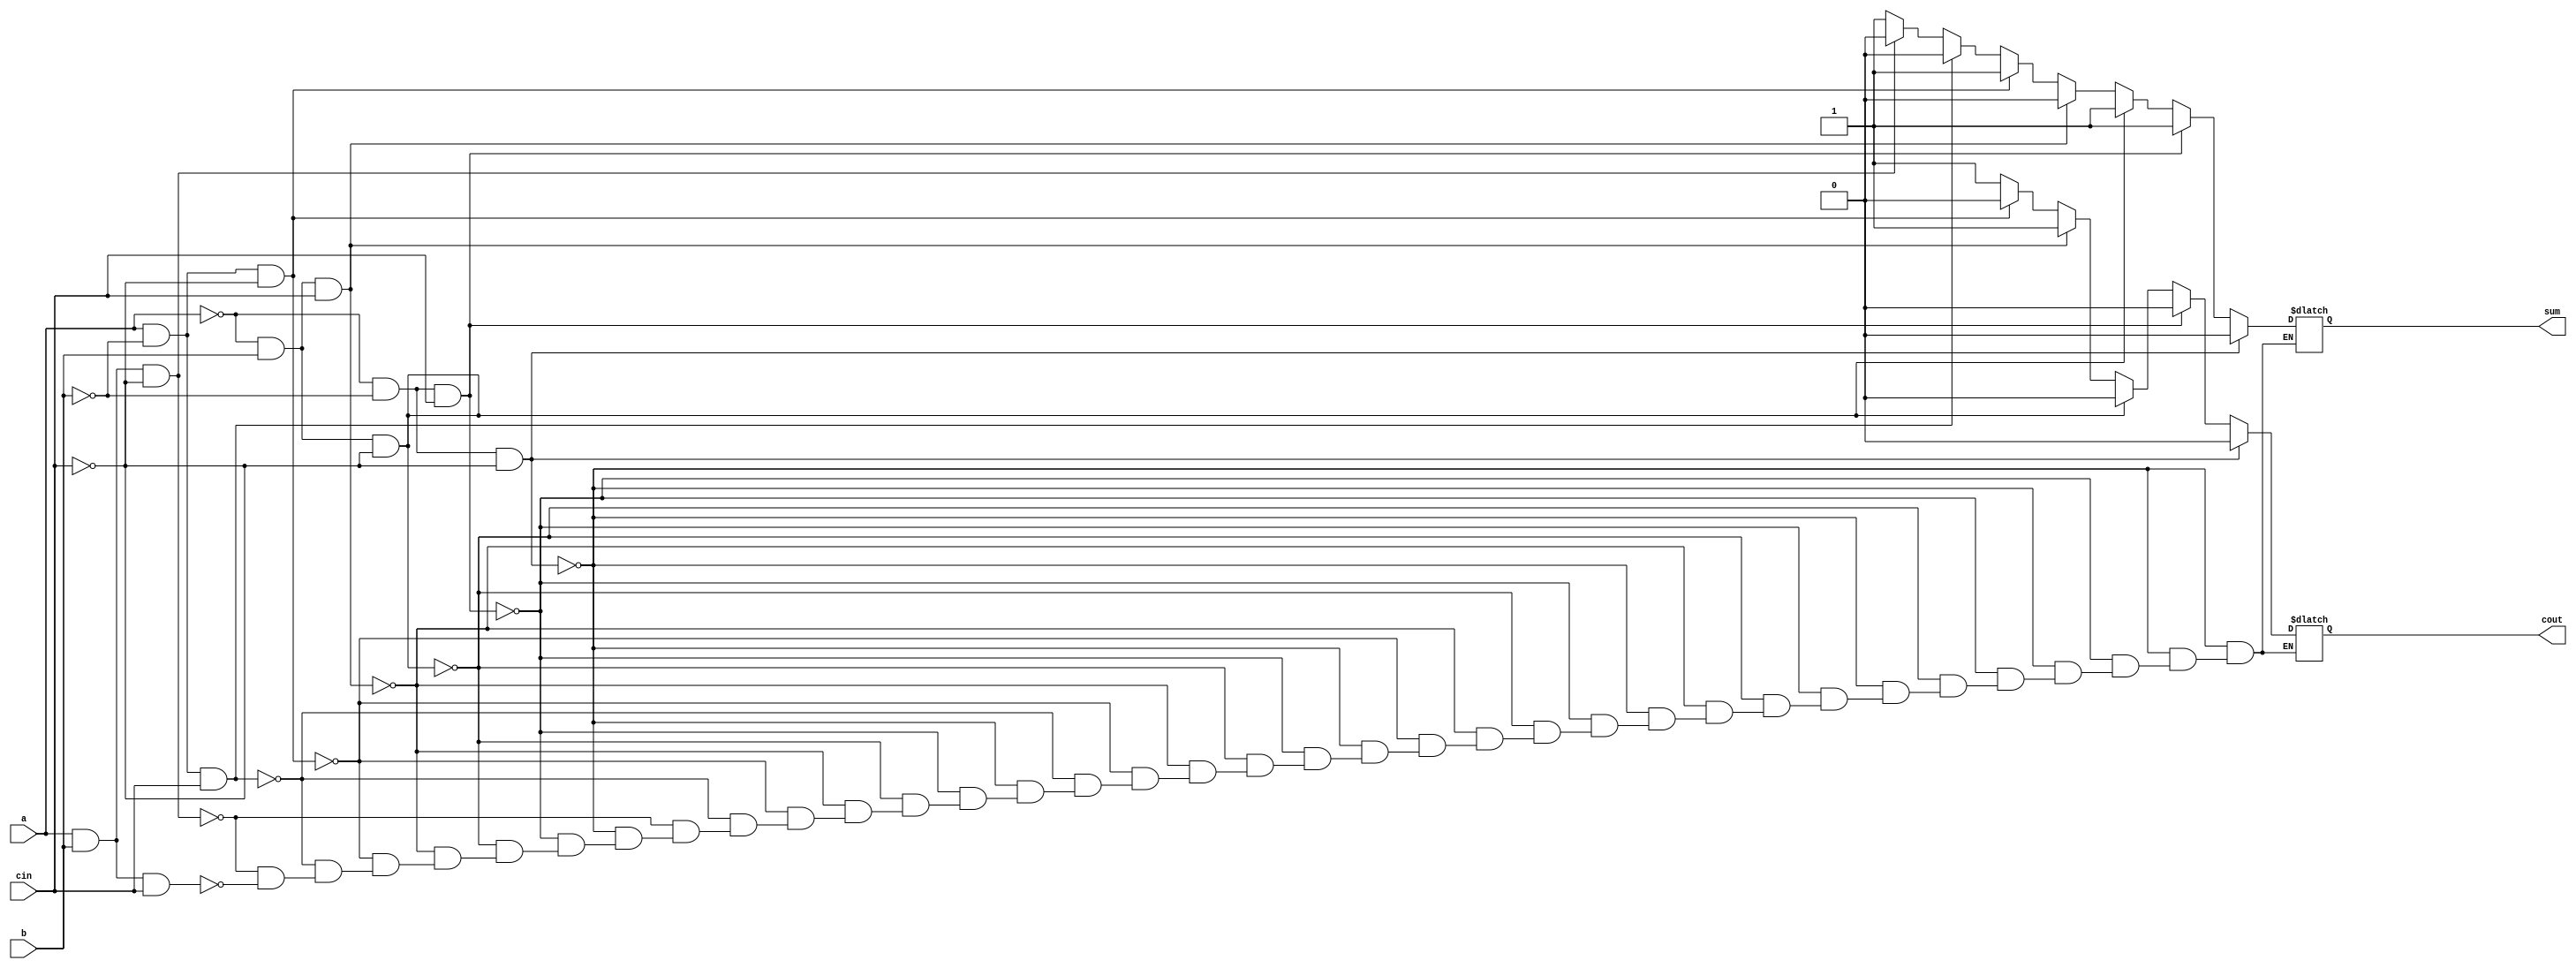
`timescale 1ns / 1ps
//////////////////////////////////////////////////////////////////////////////////
// Company: 
// Engineer: 
// 
// Design Name: 
// Module Name: Fulladder
// Project Name: 
// Target Devices: 
// Tool Versions: 
// Description: 
// 
// Dependencies: 
// 
// Revision:
// Revision 0.01 - File Created
// Additional Comments:
// 
//////////////////////////////////////////////////////////////////////////////////

/*Full adder   Data flow
*/

/*assign sum =(a^b^cin);
assign cout=(a*b+b*cin+cin*a);*/

/*assign sum=(a==0)?((b==0)?cin:~cin):((b==0)?~cin:cin);
assign cout=(a==0)?((b==0)?0:cin):((b==0)?cin:1);*/


/*
case ({a,b,cin})
3'b000: begin sum='b0; cout='b0; end
3'b001: begin sum='b1; cout='b0; end
3'b010: begin sum='b1; cout='b0; end
3'b011: begin sum='b0; cout='b1; end
3'b100: begin sum='b1; cout='b0; end
3'b101: begin sum='b0; cout='b1; end
3'b110: begin sum='b0; cout='b1; end
3'b111: begin sum='b1; cout='b1; end

endcase
*/
module Fulladder( input a,b,cin, output reg sum,output reg cout );

always @(*)
if(a==0 && b==0 && cin==0)
begin
sum=0; cout=0;
end

else if(a==0&&b==0&&cin==1) 
begin
sum=1; cout=0;
end
else if(a==0&&b==1&&cin==0) begin
sum=1; cout=0;
end
else if(a==0&&b==1&&cin==1) begin
sum=0; cout=1;
end
else if(a==1&&b==0&&cin==0) begin
sum=1; cout=0;
end
else if(a==1&&b==0&&cin==1) begin
sum=0; cout=1;
end
else if(a==1&&b==1&&cin==0) begin
sum=0; cout=1;
end
else if(a==1&&b==1&&cin==1) begin
sum=1; cout=1;
end

endmodule